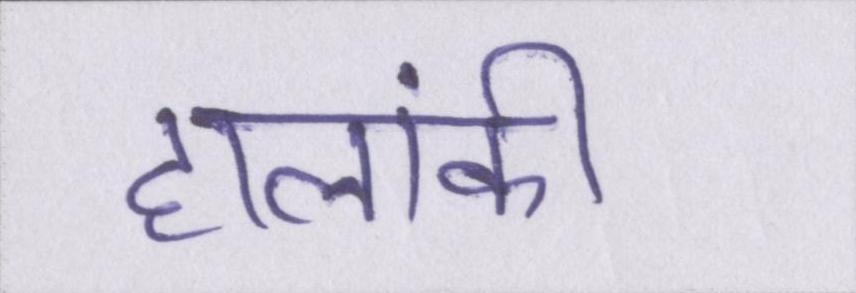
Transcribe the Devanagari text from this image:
हालांकी